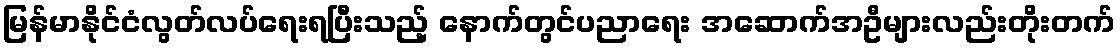
မြန်မာနိုင်ငံလွတ်လပ်ရေးရပြီးသည့် နောက်တွင်ပညာရေး အဆောက်အဦများလည်းတိုးတက်